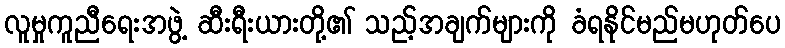
လူမှုကူညီရေးအဖွဲ့ ဆီးရီးယားတို့၏ သည့်အချက်များကို ခံရနိုင်မည်မဟုတ်ပေ